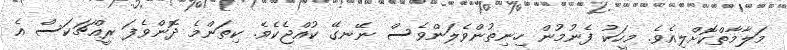
މަލާމާތްކޮށްލިއެވެ. މީހަކު ފެނުމުން ހިނިތުންވެލަންވެސް ނޭނގޭ ކުއްޖެކެވެ. ކިތަންމެ ދޮންވެފަ ރީއްޗަކަސް އެ